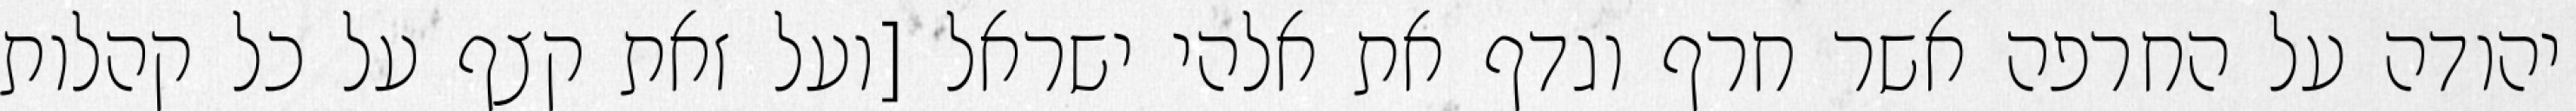
יהודה על החרפה אשר חרף וגדף את אלהי ישראל [ועל זאת קצף על כל קהלות